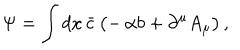
LaTeX: \Psi = \int d x \, \bar { c } \, \bigl ( - \, \alpha b + \partial ^ { \mu } A _ { \mu } \bigr ) \, ,